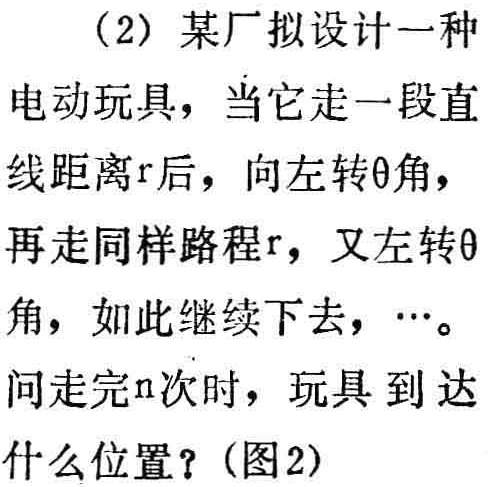
（2）某厂拟设计一种电动玩具，当它走一段直线距离$r$后，向左转$\theta$角，再走同样路程$r$，又左转$\theta$角，如此继续下去，$\cdots$。问走完$n$次时，玩具到达什么位置？(图2)